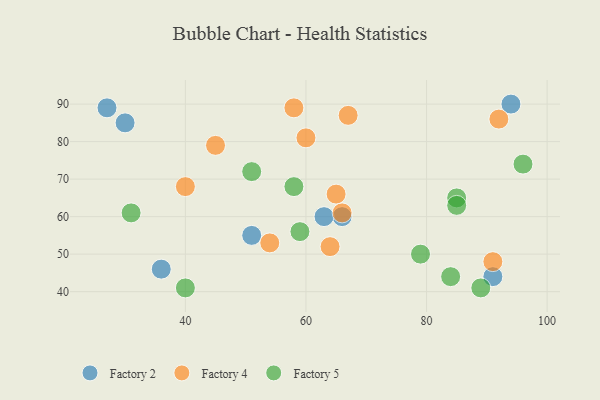
{"axis": {"x": "GDP", "y": "Life Expectancy"}, "legend": ["Factory 2", "Factory 4", "Factory 5"], "data": [{"x": "36", "y": 46, "type": "Factory 2"}, {"x": "66", "y": 60, "type": "Factory 2"}, {"x": "63", "y": 60, "type": "Factory 2"}, {"x": "30", "y": 85, "type": "Factory 2"}, {"x": "27", "y": 89, "type": "Factory 2"}, {"x": "94", "y": 90, "type": "Factory 2"}, {"x": "51", "y": 55, "type": "Factory 2"}, {"x": "91", "y": 44, "type": "Factory 2"}, {"x": "64", "y": 52, "type": "Factory 4"}, {"x": "54", "y": 53, "type": "Factory 4"}, {"x": "65", "y": 66, "type": "Factory 4"}, {"x": "58", "y": 89, "type": "Factory 4"}, {"x": "67", "y": 87, "type": "Factory 4"}, {"x": "92", "y": 86, "type": "Factory 4"}, {"x": "66", "y": 61, "type": "Factory 4"}, {"x": "60", "y": 81, "type": "Factory 4"}, {"x": "40", "y": 68, "type": "Factory 4"}, {"x": "91", "y": 48, "type": "Factory 4"}, {"x": "45", "y": 79, "type": "Factory 4"}, {"x": "96", "y": 74, "type": "Factory 5"}, {"x": "59", "y": 56, "type": "Factory 5"}, {"x": "31", "y": 61, "type": "Factory 5"}, {"x": "85", "y": 65, "type": "Factory 5"}, {"x": "85", "y": 63, "type": "Factory 5"}, {"x": "40", "y": 41, "type": "Factory 5"}, {"x": "79", "y": 50, "type": "Factory 5"}, {"x": "84", "y": 44, "type": "Factory 5"}, {"x": "51", "y": 72, "type": "Factory 5"}, {"x": "58", "y": 68, "type": "Factory 5"}, {"x": "89", "y": 41, "type": "Factory 5"}]}